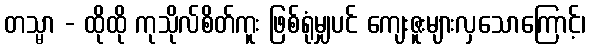
တသ္မာ - ထိုထို ကုသိုလ်စိတ်ကူး ဖြစ်ရုံမျှပင် ကျေးဇူးများလှသောကြောင့်၊